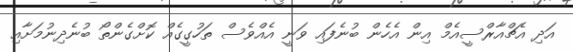
އަދި އެޗްއާރްސީއެމް އިން އެހެން ބުނެފައި ވަނީ އެއްވެސް ތަހުގީގެއް ކޮށްގެންތޯ ބުނެދިނުމަށާއި